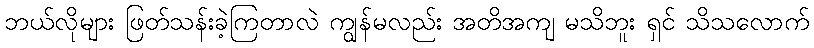
ဘယ်လိုများ ဖြတ်သန်းခဲ့ကြတာလဲ ကျွန်မလည်း အတိအကျ မသိဘူး ရှင် သိသလောက်